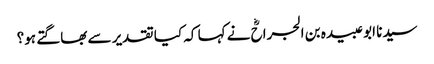
سیدنا ابو عبیدہ بن الجراحؓ نے کہا کہ کیا تقدیر سے بھاگتے ہو؟